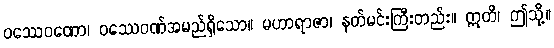
ဝဿေဝဏော၊ ဝဿေဝဏ်အမည်ရှိသော။ မဟာရာဇာ၊ နတ်မင်းကြီးတည်း။ ဣတိ၊ ဤသို့။